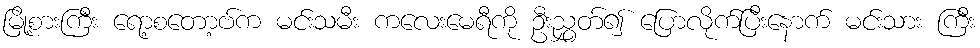
မြို့စားကြီး ရော့စတော့ဗ်က မင်းသမီး ကလေးမေရီကို ဦးညွှတ်၍ ပြောလိုက်ပြီးနောက် မင်းသား ကြီး